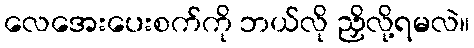
လေအေးပေးစက်ကို ဘယ်လို ညှိလို့ရမလဲ။